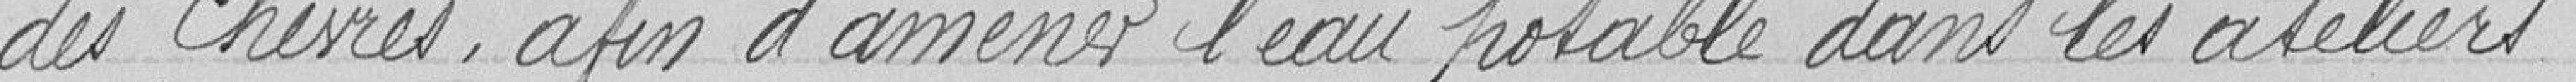
des chèvres, afin d'amener l'eau potable dans les ateliers.